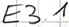
Text: E3.1